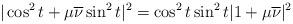
LaTeX: \begin{align*}|\cos^2t + \mu\overline{\nu}\sin^2t|^2 = \cos^2 t\sin^2 t|1 + \mu\overline{\nu}|^2\end{align*}